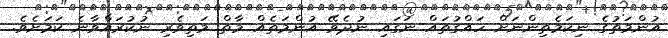
އުންމަތުގެ ނިކަމެތިންނަށް ހައްގުތައް ނަގައި ނުދެވޭ އުންމަތެއް މާތް މަތިވެރި ނުކުރައްވާނެ ކަމަށެވެ.